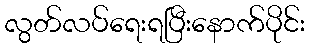
လွတ်လပ်ရေးရပြီးနောက်ပိုင်း